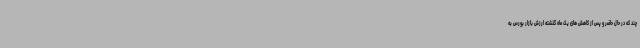
چند که در حال حاضر و پس از کاهش های یک ماه گذشته ارزش بازار بورس به